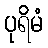
ပုရိမံ